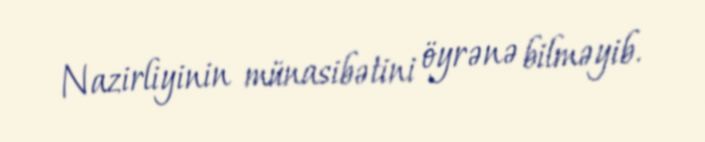
Nazirliyinin münasibətini öyrənə bilməyib.